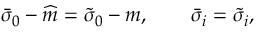
\bar { \sigma } _ { 0 } - \widehat { m } = \tilde { \sigma } _ { 0 } - m , \qquad \bar { \sigma } _ { i } = \tilde { \sigma } _ { i } ,